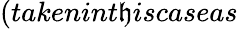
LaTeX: (takenint\mathfrak{h}iscaseas